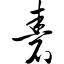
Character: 砉